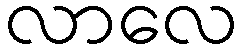
လာလေ